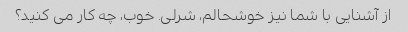
از آشنایی با شما نیز خوشحالم، شرلی. خوب، چه کار می کنید؟